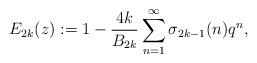
LaTeX: \begin{align*}E_{2k}(z):=1-\frac{4k}{B_{2k}} \sum_{n=1}^{\infty} \sigma_{2k-1}(n)q^n,\end{align*}